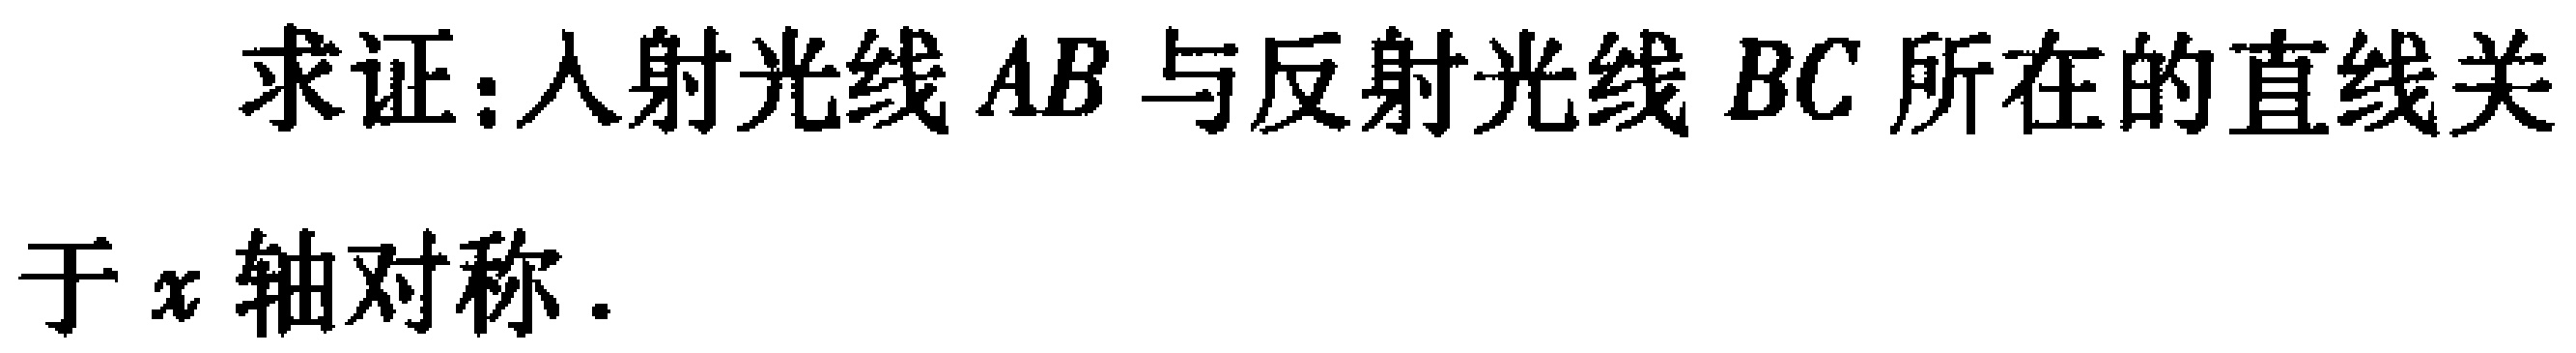
求证:入射光线 \(AB\) 与反射光线 \(BC\) 所在的直线关于 \(x\) 轴对称.